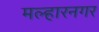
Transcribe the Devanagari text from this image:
मल्हारनगर